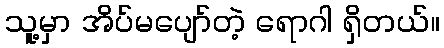
သူ့မှာ အိပ်မပျော်တဲ့ ရောဂါ ရှိတယ်။